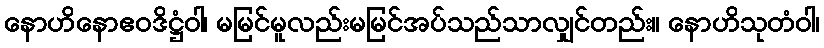
နောဟိနောဧဝဒိဋ္ဌံဝါ၊ မမြင်မူလည်းမမြင်အပ်သည်သာလျှင်တည်း။ နောဟိသုတံဝါ၊